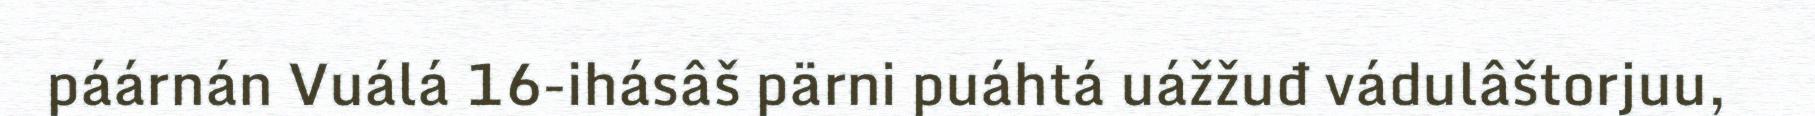
páárnán Vuálá 16-ihásâš pärni puáhtá uážžuđ vádulâštorjuu,